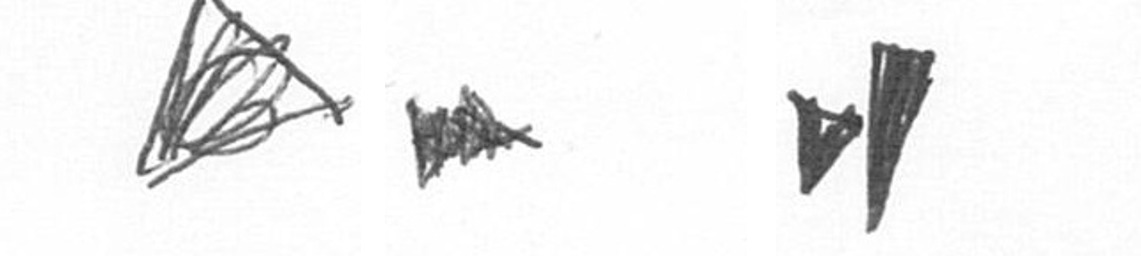
O A M